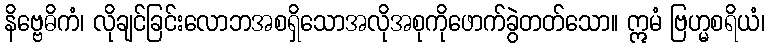
နိဗ္ဗေဓိကံ၊ လိုချင်ခြင်းလောဘအစရှိသောအလိုအစုကိုဖောက်ခွဲတတ်သော။ ဣမံ ဗြဟ္မစရိယံ၊